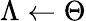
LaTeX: \Lambda\leftarrow\Theta